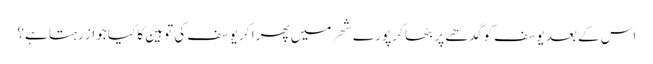
اس کے بعد یوسف کو گدھے پر بٹھا کر پورے شھر میں پھرا کر یوسف کی توہین کا کیا جواز رہتا ہے؟